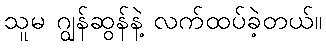
သူမ ဂျွန်ဆွန်နဲ့ လက်ထပ်ခဲ့တယ်။